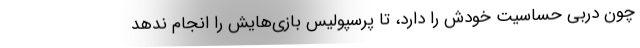
چون دربی حساسیت خودش را دارد، تا پرسپولیس بازی‌هایش را انجام ندهد